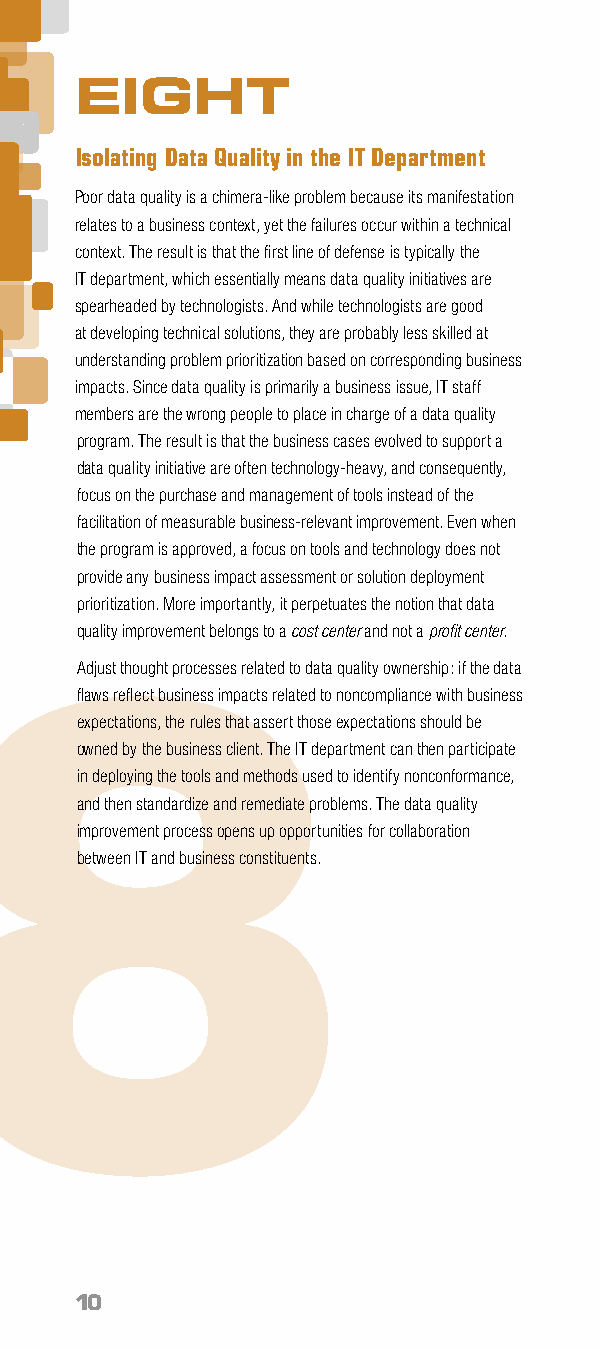
EIGHT
 Isolating Data Quality in the IT Department
 Poor data quality is a chimera-like problem because its manifestation
 relates to a business context, yet the failures occur within a technical
 context. The result is that the first line of defense is typically the
 IT department, which essentially means data quality initiatives are
 spearheaded by technologists. And while technologists are good
 at developing technical solutions, they are probably less skilled at
 understanding problem prioritization based on corresponding business
 impacts. Since data quality is primarily a business issue, IT staff
 members are the wrong people to place in charge of a data quality
 program. The result is that the business cases evolved to support a
 data quality initiative are often technology-heavy, and consequently,
 focus on the purchase and management of tools instead of the
 facilitation of measurable business-relevant improvement. Even when
 the program is approved, a focus on tools and technology does not
 provide any business impact assessment or solution deployment
 prioritization. More importantly, it perpetuates the notion that data
 quality improvement belongs to a cost center and not a profit center.
 8
 Adjust thought processes related to data quality ownership: if the data
 flaws reflect business impacts related to noncompliance with business
 expectations, the rules that assert those expectations should be
 owned by the business client. The IT department can then participate
 in deploying the tools and methods used to identify nonconformance,
 and then standardize and remediate problems. The data quality
 improvement process opens up opportunities for collaboration
 between IT and business constituents.
 10